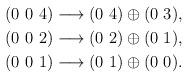
LaTeX: \begin{align*}(0~0~4) \longrightarrow (0~4) \oplus (0~3),\\(0~0~2) \longrightarrow (0~2) \oplus (0~1),\\(0~0~1) \longrightarrow (0~1) \oplus (0~0).\end{align*}